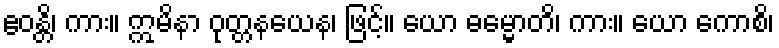
ဧဝန္တိ၊ ကား။ ဣမိနာ ဝုတ္တနယေန၊ ဖြင့်။ ယော ဓမ္မောတိ၊ ကား။ ယော ကောစိ၊